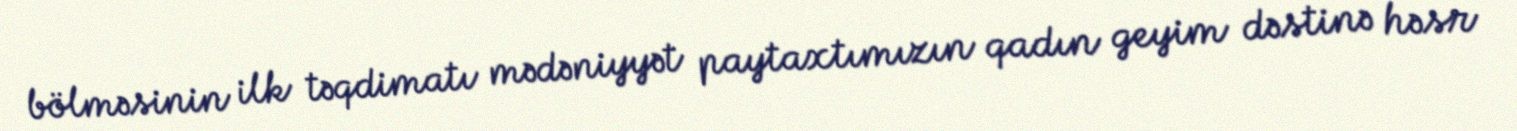
bölməsinin ilk təqdimatı mədəniyyət paytaxtımızın qadın geyim dəstinə həsr